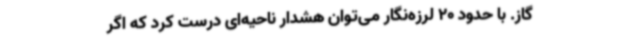
گاز. با حدود 20 لرزه‌نگار می‌توان هشدار ناحیه‌ای درست کرد که اگر